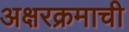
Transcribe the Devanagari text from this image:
अक्षरक्रमाची